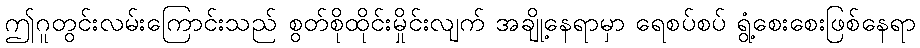
ဤဂူတွင်းလမ်းကြောင်းသည် စွတ်စိုထိုင်းမှိုင်းလျက် အချို့နေရာမှာ ရေစပ်စပ် ရွံ့စေးစေးဖြစ်နေရာ